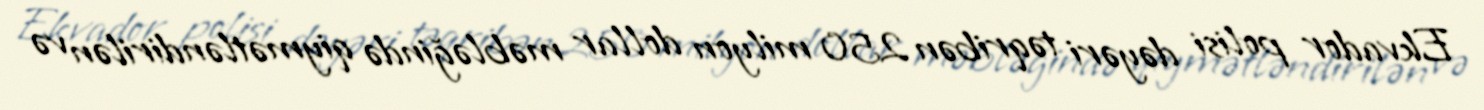
Ekvador polisi dəyəri təqribən 250 milyon dollar məbləğində qiymətləndirilən və